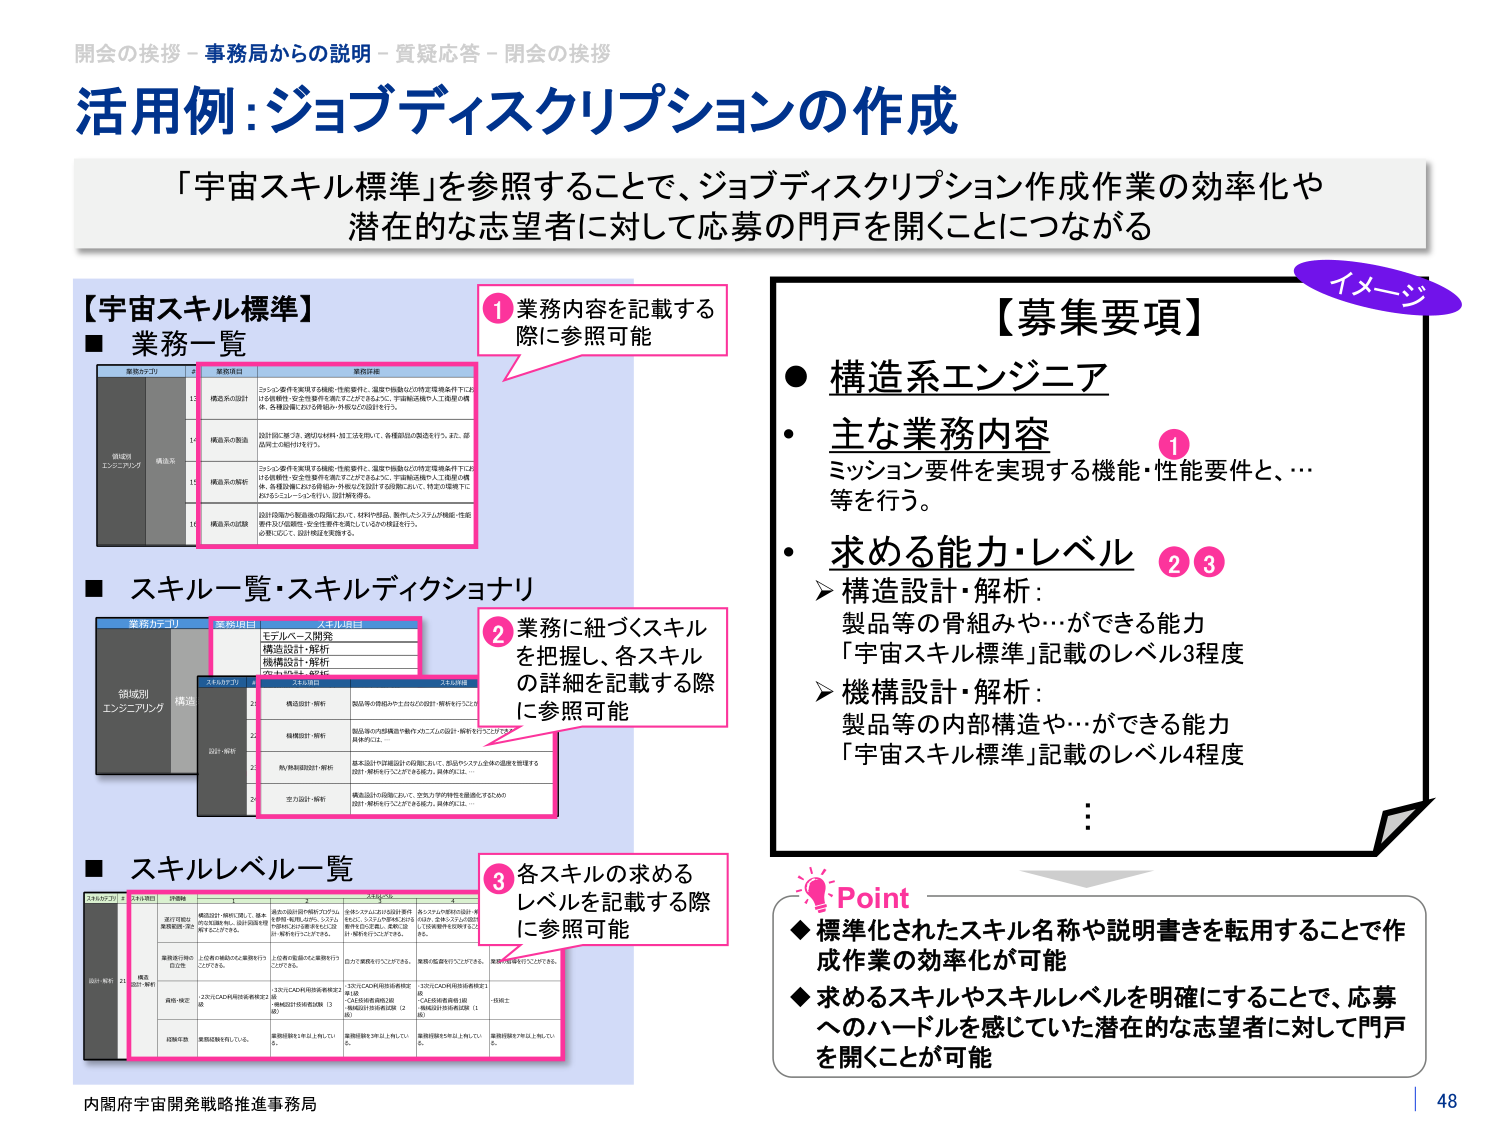
開会の挨拶－事務局からの説明－質疑応答－閉会の挨拶
活用例：ジョブディスクリプションの作成
「宇宙スキル標準」を参照することで、ジョブディスクリプション作成作業の効率化や
潜在的な志望者に対して応募の門戸を開くことにつながる

【宇宙スキル標準】
■ 業務一覧
業務カテゴリ
業務項目
業務詳細
構造系
13
構造系の設計
ミッション要件を実現する機能・性能要件に、温度や振動などの特定環境条件下にお
ける信頼性・安全性要件を満たすことができるよう、宇宙輸送機や人工衛星の構
造、各構造部における機能・外観などを設計を行う。
14
構造系の製造
設計図に基づき、使用する材料・加工法を用いて、各構造品の製造を行う。また、製
造品士の検討を行う。
15
構造系の解析
ミッション要件を実現する機能・性能要件に、温度や振動などの特定環境条件下にお
ける信頼性・安全性要件を満たすことができるよう、宇宙輸送機や人工衛星の構
造、各構造部における機能・外観などを設計する段階において、特定の環境下に
おけるシミュレーションを行い、設計検討を行う。
16
構造系の試験
設計段階や製造後の段階において、材料や部品、製作したシステムが機能・性能
要件及び信頼性・安全性要件を満たしているかの検証を行う。
必要に応じて、設計検証を実施する。

■ スキル一覧・スキルディクショナリ
業務カテゴリ
業務項目
スキル項目
構造系
設計・解析
モデルベース開発
構造設計・解析
機構設計・解析
空力設計・解析
スキルカテゴリ
スキル項目
スキル詳細
設計・解析
1
構造設計・解析
製品等の骨組みや土台などの設計・解析を行うことの
2
機構設計・解析
製品等の内部構造や動力メカニズムの設計・解析を行うことの
具体的には、…
3
熱/熱制御設計・解析
基本設計や詳細設計の段階において、部品やシステム全体の温度を管理する
設計・解析を行うことができる能力。具体的には、…
4
空力設計・解析
構造品の形状において、空気力学的特性を最適化するための
設計・解析を行うことができる能力。具体的には、…

■ スキルレベル一覧
スキルカテゴリ
スキル項目
評価軸
A（初級）
B（中級）
C（上級）
D（専門）
設計・解析
構造
設計・解析
設計の精度・
確実性等（例）
構造設計・解析に関して、基本
的な知識を有し、設計図面を理
解することができる。
基本的な設計計画能力や設計
を実施・検証しながら、システム
全体の設計を進めることが可能
に発展を行うことができる。
全体システムにおける設計責任
を担い、システムや構成部品を
統合的に定義し、柔軟に設
計・検討を行うことができる。
各システムや部品の設計・検
討結果、全体システムの設計
と技術基準を定義すること
が可能。
業務遂行時の
自主性
上位者の補助的な業務を行う
ことができる。
上位者の監督のもと業務を行う
ことができる。
自力で業務を行うことができる。
業務の監督を行うことができる。
業務の指導を行うことができる。
資格・検定
2次元CAD利用技術者検定2
級
機械設計技術者試験（3
級）
3次元CAD利用技術者検定2
級
CAE技術者資格2級
機械設計技術者試験（2
級）
3次元CAD利用技術者検定1
級
CAE技術者資格1級
機械設計技術者試験（1
級）
一括検定
試験年数
業務経験を1年以上有してい
る。
業務経験を3年以上有してい
る。
業務経験を5年以上有してい
る。
業務経験を7年以上有してい
る。

【募集要項】
● 構造系エンジニア
● 主な業務内容
ミッション要件を実現する機能・性能要件と、…
等を行う。
● 求める能力・レベル
➤ 構造設計・解析：
製品等の骨組みや…ができる能力
「宇宙スキル標準」記載のレベル3程度
➤ 機構設計・解析：
製品等の内部構造や…ができる能力
「宇宙スキル標準」記載のレベル4程度
…

Point
◆ 標準化されたスキル名称や説明書を転用することで作成作業の効率化が可能
◆ 求めるスキルやスキルレベルを明確にすることで、応募へのハードルを感じていた潜在的な志望者に対して門戸を開くことが可能

イメージ
1 業務内容を記載する際に参照可能
2 業務に紐づくスキルを把握し、各スキルの詳細を記載する際に参照可能
3 各スキルの求めるレベルを記載する際に参照可能

内閣府宇宙開発戦略推進事務局
48